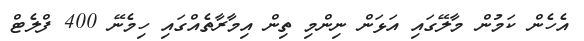
އެހެން ކަމުން މާލޭގައި އަޅަން ނިންމި ތިން އިމާރާތެއްގައި ހިމެނޭ 400 ފްލެޓް